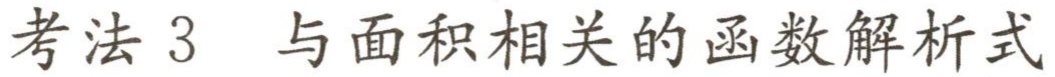
考法 3 与面积相关的函数解析式